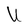
Character: U